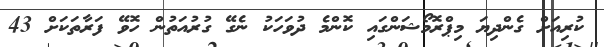
ކުރިއަށް ގެންދިޔަ މިޕްރޮމޯޝަންގައި ކޮންމެ ދުވަހަކު ނެގޭ ގުރުއަތުން ހޮވޭ ފަރާތަކަށް 43